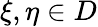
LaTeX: \xi,\eta\in D